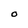
Character: O